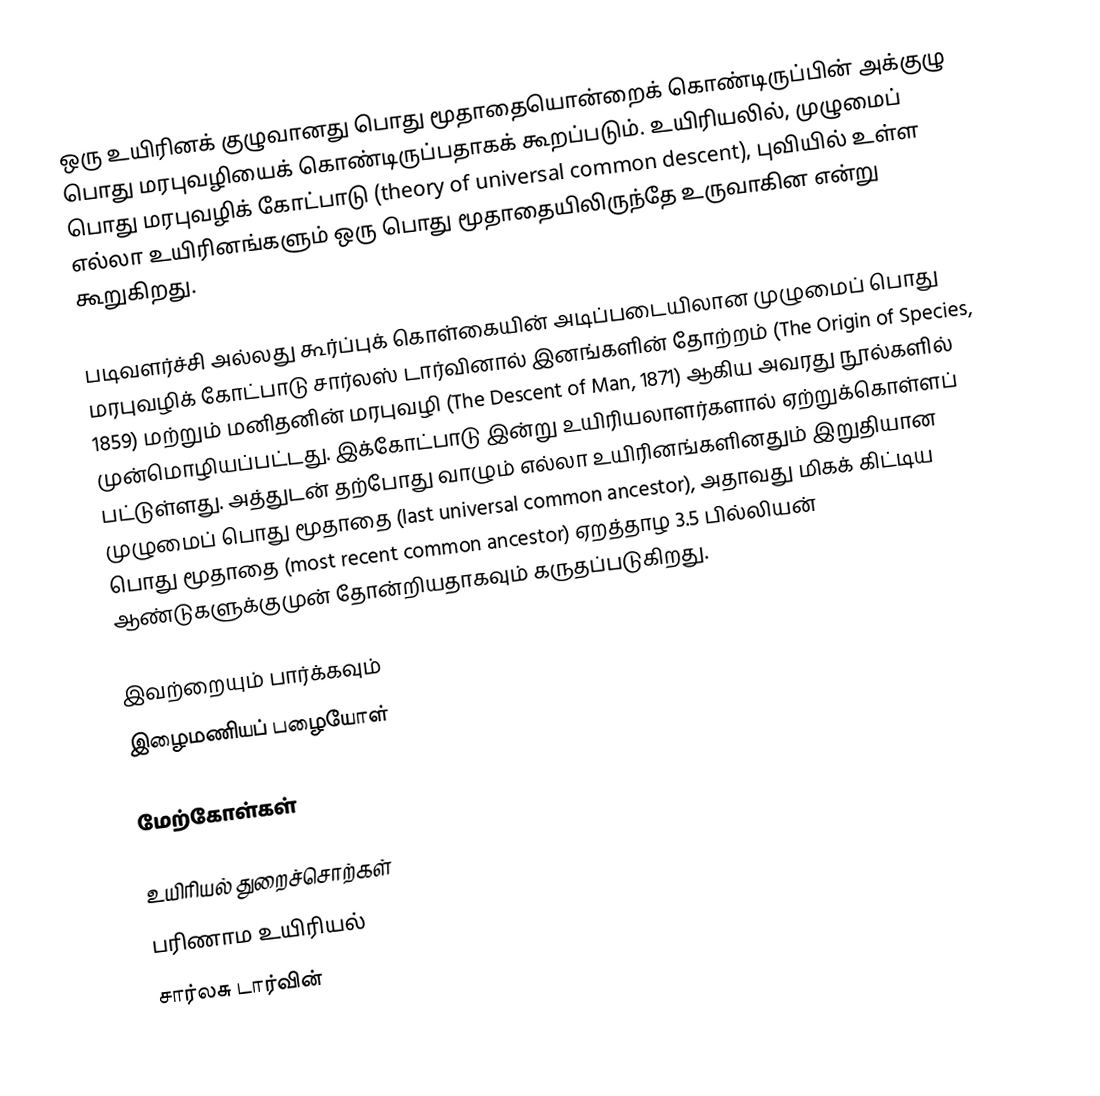
ஒரு உயிரினக் குழுவானது பொது மூதாதையொன்றைக் கொண்டிருப்பின் அக்குழு பொது மரபுவழியைக் கொண்டிருப்பதாகக் கூறப்படும். உயிரியலில், முழுமைப் பொது மரபுவழிக் கோட்பாடு (theory of universal common descent), புவியில் உள்ள எல்லா உயிரினங்களும் ஒரு பொது மூதாதையிலிருந்தே உருவாகின என்று கூறுகிறது.

படிவளர்ச்சி அல்லது கூர்ப்புக் கொள்கையின் அடிப்படையிலான முழுமைப் பொது மரபுவழிக் கோட்பாடு சார்லஸ் டார்வினால் இனங்களின் தோற்றம் (The Origin of Species, 1859) மற்றும் மனிதனின் மரபுவழி (The Descent of Man, 1871) ஆகிய அவரது நூல்களில் முன்மொழியப்பட்டது. இக்கோட்பாடு இன்று உயிரியலாளர்களால் ஏற்றுக்கொள்ளப் பட்டுள்ளது. அத்துடன் தற்போது வாழும் எல்லா உயிரினங்களினதும் இறுதியான முழுமைப் பொது மூதாதை (last universal common ancestor), அதாவது மிகக் கிட்டிய பொது மூதாதை (most recent common ancestor) ஏறத்தாழ 3.5 பில்லியன் ஆண்டுகளுக்குமுன் தோன்றியதாகவும் கருதப்படுகிறது.

இவற்றையும் பார்க்கவும்
 இழைமணியப் பழையோள்

மேற்கோள்கள்

உயிரியல் துறைச்சொற்கள்
பரிணாம உயிரியல்
சார்லசு டார்வின்